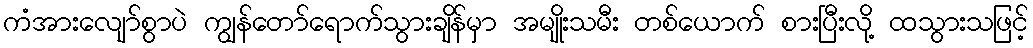
ကံအားလျော်စွာပဲ ကျွန်တော်ရောက်သွားချိန်မှာ အမျိုးသမီး တစ်ယောက် စားပြီးလို့ ထသွားသဖြင့်